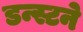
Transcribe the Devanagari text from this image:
डन्स्टने